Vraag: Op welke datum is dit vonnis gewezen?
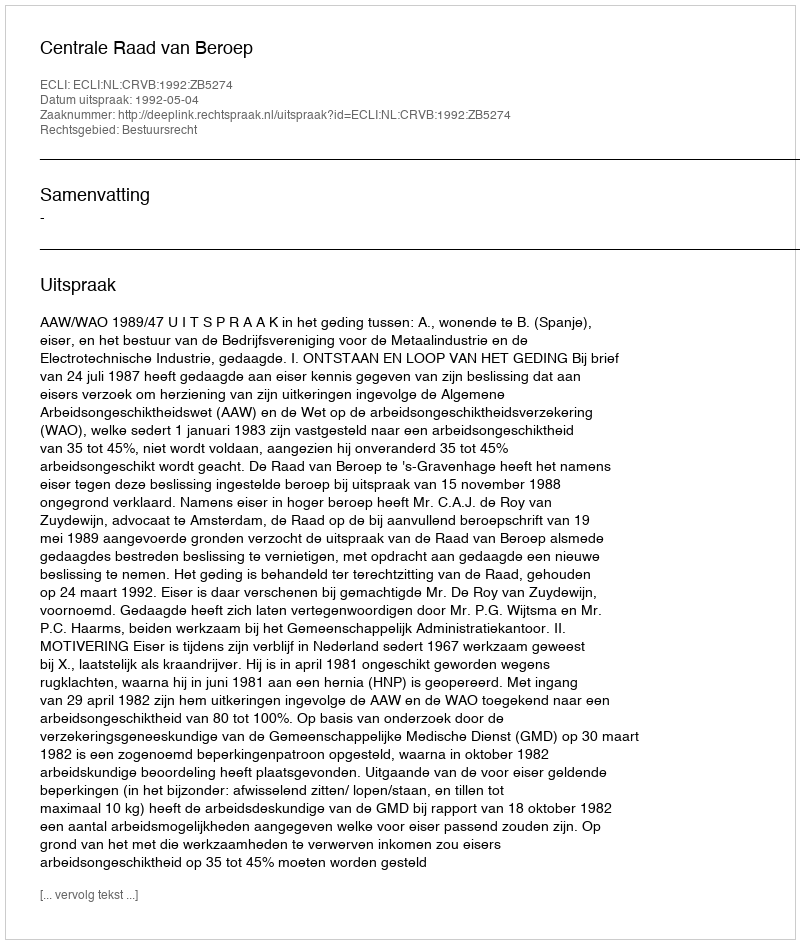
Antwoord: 1992-05-04